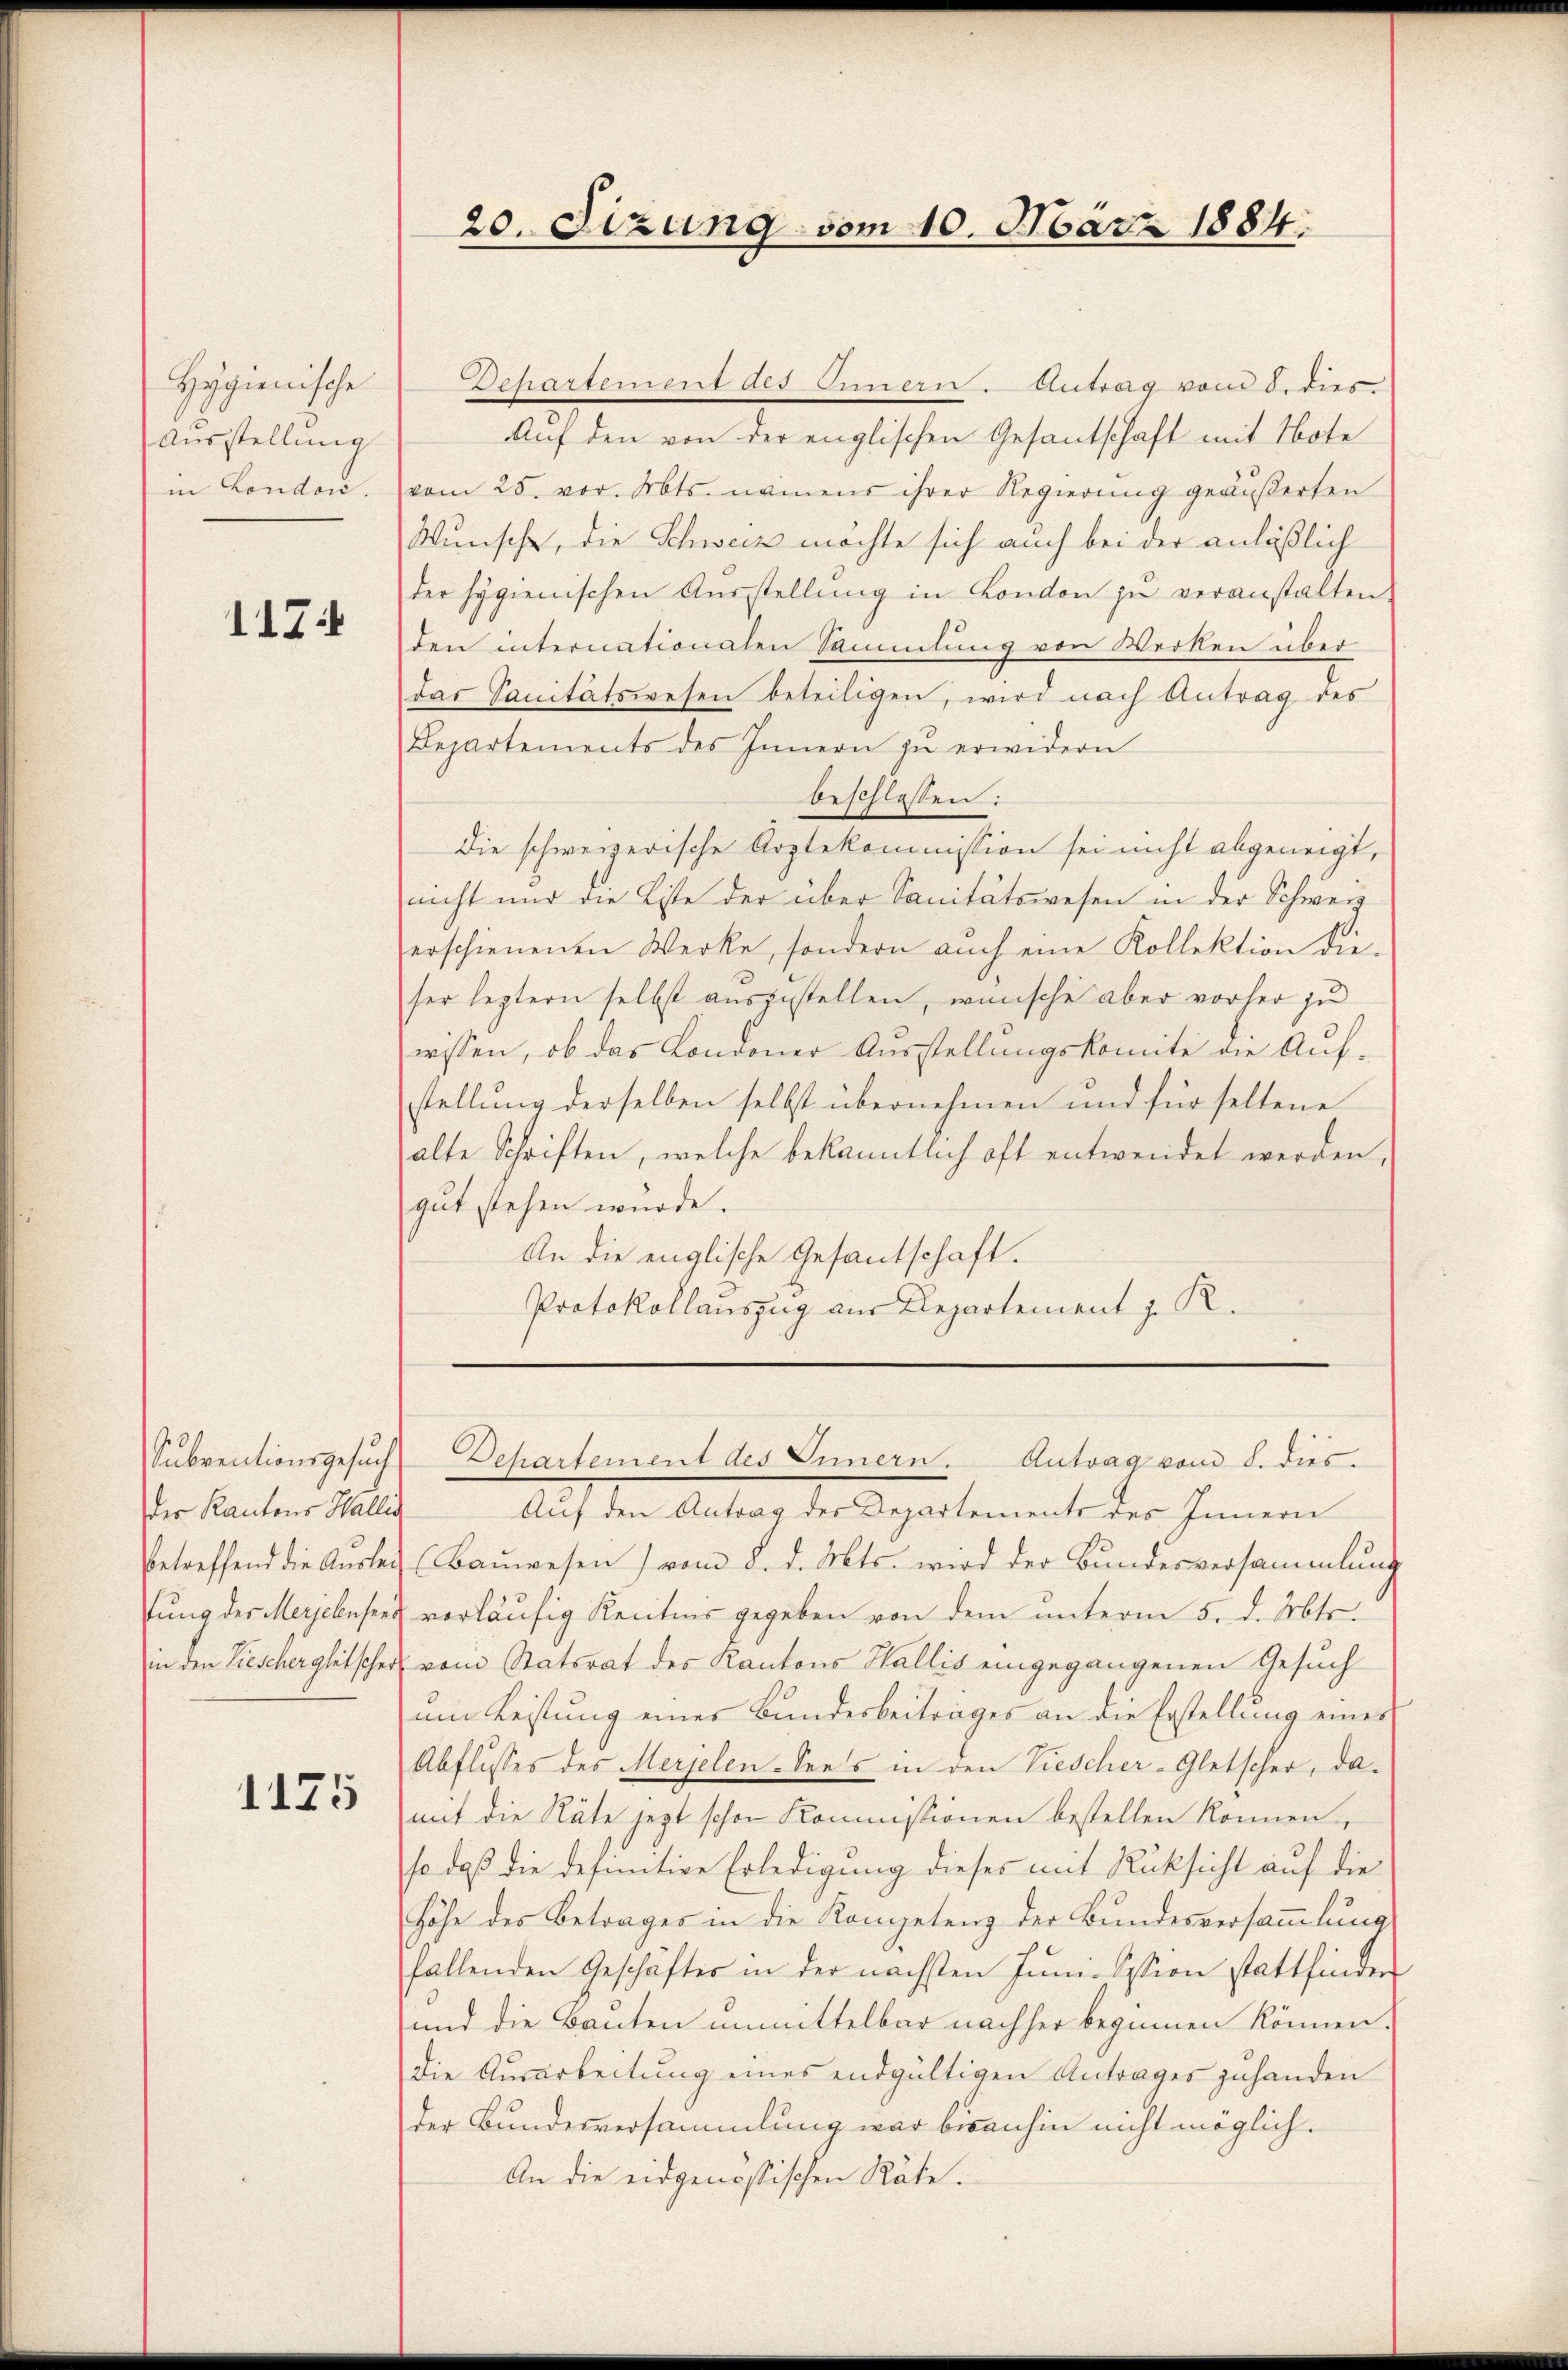
Hygienische
Ausstellung
in Londori.

117

der Kantons Wallis
in den Liescher gleitscher

1175

20. Sizung vom 10. März 1884.

Dehartement des Innern. Antrag vom 8. dies
Auf den von der englischen Gesantschaft mit Note
vom 25. vor. Mts. namens ihrer Regierung geäußerten
Wunsche, die Schweiz möchte sich auch bei der anläßlich
der Hygienischen Aŭsstellŭng in London zŭ veranstalten.
den internationalen Sammlung von Werken über
das Sanitätswesen beteiligen, wird nach Antrag des
Departements des Innern zŭ erwidern
beschlossen:
Die schweizerische Arztekommission sei nicht abgeneigt,
nicht nur die Liste der über Sanitätswesen in der Schweiz
erschienenen Werke, sondern auch eine Kollektion die
ser leztern selbst auszustellen, wünsche aber vorher zu
wissen, ob das Londoner Ausstellungskomite die Aufstellung derselben selbst übernehmen und für seltene
halte Schriften, welche bekanntlich oft entwendet werden,
gut stehen wurde.
An die englische Gesantschaft.
Protokollauszug aus Departement z. R.

Subventionsgesuch Dehartement des Innern. Antrag vom 8. dies

Auf den Antrag des Departements des Innern
betreffend die Aŭsler (Baŭwesen) vom 8. d. Mts. wird der Bundesversammlung
tung des Merjensees vorläufig Renitens gegeben von dem unterm 5. d. Mts.
vom Statsrat des Kantons Wallis eingegangenen Gesuch
um Leistung eines Bundesbeitrages an die Erstellung eines
Abflusses des Merjelen-Sees in den Viescher-Gletscher, damit die Räte jezt schon Kommissionen bestellen können,
so daß die definitive Erledigung dieses mit Rüksicht auf die
Höhe des Betrages in die Kompetenz der Bundesversammlung
fallenden Geschäftes in der nächsten Jŭni-Sission stattfinden
und die Bauten unmittelbar nachher beginnen können.
die Ausarbeitung eines endgültigen Antrages zuhanden
der Bundesversammlung war bisanhin nicht möglich.
An die eidgenössischen Räte.